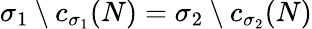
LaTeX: \sigma_{1}\setminus c_{\sigma_{1}}({N})=\sigma_{2}\setminus c_{\sigma_{2}}({N})